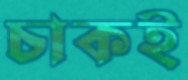
চাকই